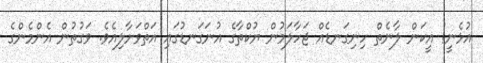
އުޅެނީ! އީކަން ލާނެތް ހިނިގަނޑެއް ޖަހާލަމުން ޔުކްތާގެ އުނަގަނޑުގައި އަތްވަށާލިއެވެ. ވަގުތުން އެންމެންގެ